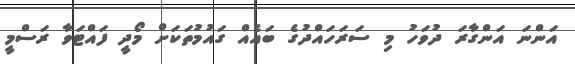
އަންނަ އަންގާރަ ދުވަހު މި ސަރަހައްދުގެ ބައެއް ގައުމުތަކަށް މޯދީ ފައްޓަވާ ރަސްމީ